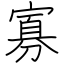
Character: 寡